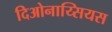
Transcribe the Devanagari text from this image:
दिओनाय्सियस